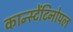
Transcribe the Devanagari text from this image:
कान्स्टेंटिनोपल